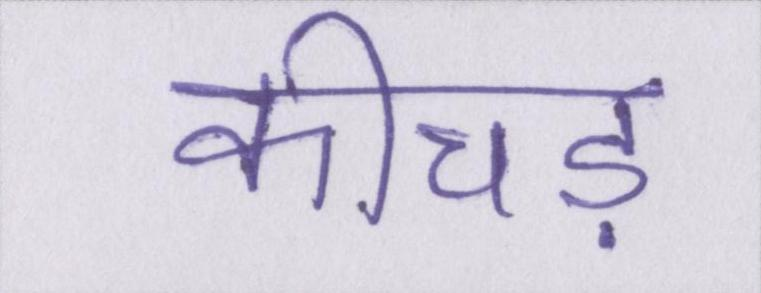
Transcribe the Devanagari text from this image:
कीचड़